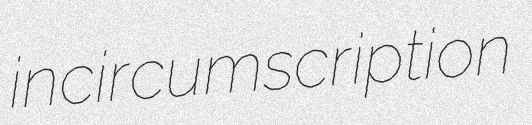
incircumscription